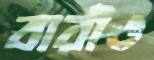
বারীও